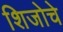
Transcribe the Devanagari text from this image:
शिजोचे